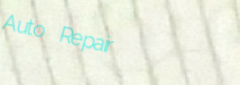
Auto Repair